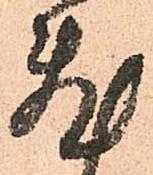
敷